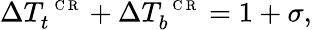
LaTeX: \Delta T_{t}^{\mathrm{~\scriptsize~C~R~}}+\Delta T_{b}^{\mathrm{~\scriptsize~C~R~}}=1+\sigma,